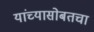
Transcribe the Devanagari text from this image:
यांच्यासोबतचा